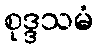
စုဒ္ဒသမံ